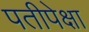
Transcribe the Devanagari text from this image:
पतीपेक्षा